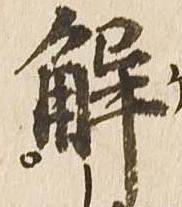
解